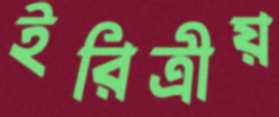
ইরিত্রীয়